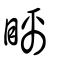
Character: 瞝